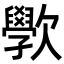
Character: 𭭗